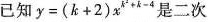
已知$$y = ( k + 2 ) x ^ { k ^ { 2 } + k - 4 }$$是二次